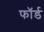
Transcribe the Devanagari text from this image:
फॉर्ड